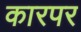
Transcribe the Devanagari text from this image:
कारपर